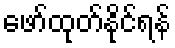
ဖော်ထုတ်နိုင်ရန်